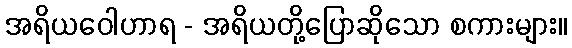
အရိယဝေါဟာရ - အရိယတို့ပြောဆိုသော စကားများ။